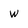
Character: W